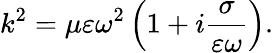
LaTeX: k^{2}=\mu\varepsilon\omega^{2}\left(1+i\frac{\sigma}{\varepsilon\omega}\right).